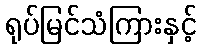
ရုပ်မြင်သံကြားနှင့်